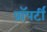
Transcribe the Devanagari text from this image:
प्राॅपर्टी